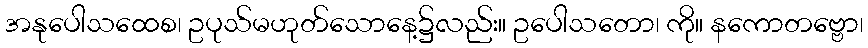
အနုပေါသထေစ၊ ဥပုသ်မဟုတ်သောနေ့၌လည်း။ ဥပေါသတော၊ ကို။ နကောတဗ္ဗော၊